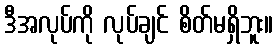
ဒီအလုပ်ကို လုပ်ချင် စိတ်မရှိဘူး။